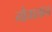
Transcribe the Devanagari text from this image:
नौचालान